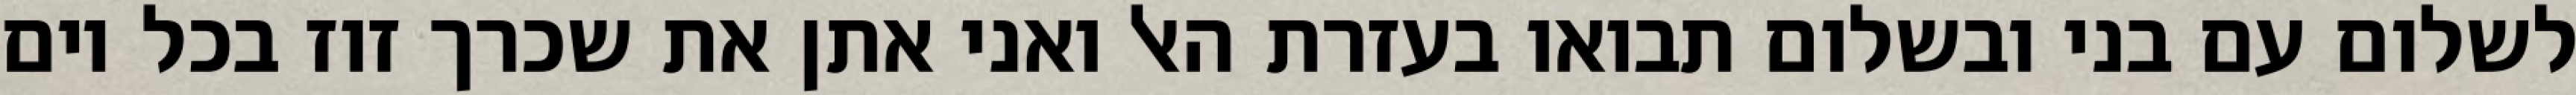
לשלום עם בני ובשלום תבואו בעזרת האל ואני אתן את שכרך זוז בכל יום